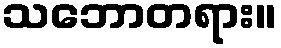
သဘောတရား။